Vital statistics of India. Vol. IV, Annual returns from 1871 to 1876. British Army of India, Native Army and jails of Bengal
Year: 1871
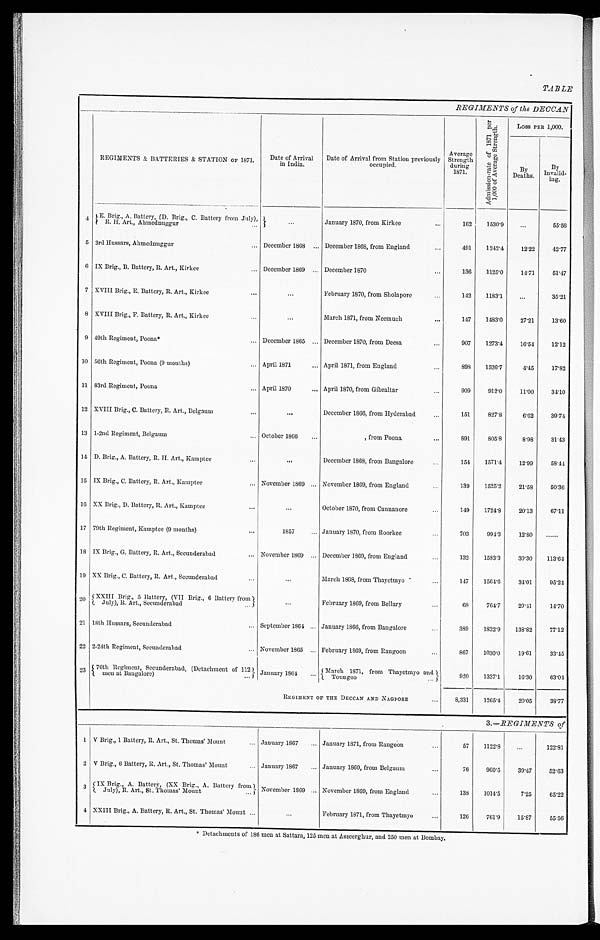
TABLE
REGIMENTS of the DECCAN
REGIMENTS & BATTERIES & STATION OF 1871.
Date of Arrival
in India.
Date of Arrival from Station previously
o c c u p i e d .
Average
Strength
during
1871.
A d m i s s i o n - r a t e o f 1 8 7 1 p e r 1 , 0 0 0 o f A v e r a g e S t r e n g t h .
Loss PER 1,000.
B y
Deaths.
By
Invalid- ing.
4
E. Brig., A. Battery, (D. Brig., C. Battery from July), R. H. Art., Ahmednuggur
. . . January 1870, from Kirkee
162
1530.9
...
55. 56
5 3rd Hussars, Ahmednuggur
December 1868
December 1868, from England
491
1242.4
12.22
42. 77
6 IX Brig., B. Battery, R. Art., Kirkee
December 1869
December 1870
136
1125.0
14.71
51. 47
7 XVIII Brig., E. Battery, R. Art., Kirkee
...
February 1870, from Sholapore
142
1183.1
. . . 35.21
8 XVIII Brig., F. Battery, R. Art., Kirkee
. . . March 1871, from Neemuch
147
1483.0
27.21
13.60
9 49th Regiment, Poona*
December 1865
December 1870, from Deesa
907
1273.4
16.54
12.12
10 56th Regiment, Poona (9 mouths)
April 1871
April 1871, from England
898
1526.7
4.45
17.82
11 83rd Regiment, Poona
April 1870
April 1870, from Gibraltar
909
912.0
11.00
34.10
12 XVIII Brig., C. Battery, R. Art., Belgaum
. . .
December 1866, from Hyderabad
151
827.8
6.62
39.74
13 1-2nd Regiment, Belgaum
October 1866
, from Poona
891
805.8
8.98
31.43
14 D. Brig., A. Battery, R. H. Art., Kamptee
. . .
December 1868, from Bangalore
154
1571.4
12.99
58.44
15 IX Brig., C. Battery, R. Art., Kamptee November 1869
November 1869, from England
139
1525.2
21.58
50.36
16 XX Brig., D. Battery, R. Art., Kamptee
...
October 1870, from Cannanore
149
1724.8
20.13
67.11
17 79th Regiment, Kamptee (9 months)
1857
January 1870, from Roorkee
703
994.3
12.80 ......
18 IX Brig., G. Battery, R. Art., Secunderabad
November 1869
December 1869, from England
132
1583.3
30.30 113.64
19 XX Brig., C. Battery, R. Art., Secunderabad
. . . March 1868, from Thayetmyo
147
1564.6
34.01
95.24
20 XXIII Brig., 5 Battery, (VII Brig., 6 Battery from
July), R. Art., Secunderabad
. . . February 1869, from Bellary
68
764.7
29.41
14.70
21 18th Hussars, Secunderabad
September 1864
January 1866, from Bangalore
389
1832.9 138.82
77.12
22 2-24th Regiment, Secunderabad
November 1865
February 1869, from Rangoon
867
1030.0
19.61
33.45
23 76th Regiment, Secunderabad, (Detachment of 112
m e n a t B a n g a l o r e )
January 1864 March 1871, from Thayetmyo and Toungoo
920
1337.1
16.30
63.04
REGIMENT OF THE DECCAN AND NAGPORE
8,331
1265.4
20.05
38.77
3. —REGI MENTS of
1 V Brig., 1 Battery, R. Art., St. Thomas' Mount
January 1867
January 1871, from Rangoon
57
1122.8
...
122.81
2 V Brig., 6 Battery, R. Art., St. Thomas' Mount
January 1867
January 1869, from Belgaum
76
960.5
39.47
52.63
3 IX Brig., A. Battery, (XX Brig., A. Battery from
July), R. Art., St. Thomas' Mount November 1869
November 1869, from England
138
1014.5
7.25
65.22
4 XXIII Brig., A. Battery, R. Art., St. Thomas' Mount
...
February 1871, from Thayetmyo
126
761.9
15.87
55.56
* Detachments of 186 men at Sattara, 125 men at Asseerghur, and 250 men at Bombay.